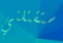
ستقتلني